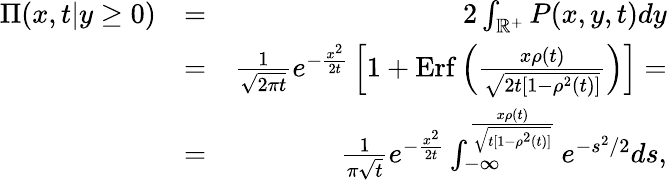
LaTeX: \begin{array}{rlr}{\Pi(x,t|y\geq 0)}&{=}&{2\int_{\mathbb{R}^{+}}P(x,y,t)dy}\\ &{=}&{\frac{1}{\sqrt{2\pi t}}e^{-\frac{x^{2}}{2t}}\left[1+\mathrm{Erf}\left(\frac{x\rho(t)}{\sqrt{2t[1-\rho^{2}(t)]}}\right)\right]=}\\ &{=}&{\frac{1}{\pi\sqrt{t}}e^{-\frac{x^{2}}{2t}}\int_{-\infty}^{\frac{x\rho(t)}{\sqrt{t[1-\rho^{2}(t)]}}}e^{-s^{2}/2}ds,}\end{array}